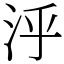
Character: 泘